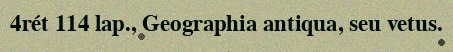
4rét 114 lap., Geographia antiqua, seu vetus.